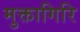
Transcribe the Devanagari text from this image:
मुक्तागिरि